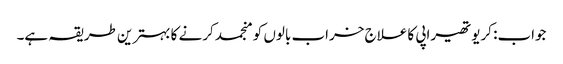
جواب: کریوتھیراپی کا علاج خراب بالوں کو منجمد کرنے کا بہترین طریقہ ہے۔